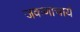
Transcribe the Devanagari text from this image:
जकणाचार्य